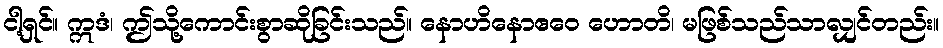
ငါ့ရှင်။ ဣဒံ၊ ဤသို့ကောင်းစွာဆိုခြင်းသည်။ နောဟိနောဧဝေ ဟောတိ၊ မဖြစ်သည်သာလျှင်တည်း။